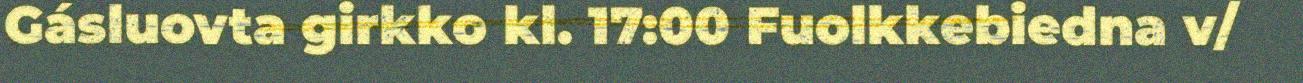
Gásluovta girkko kl. 17:00 Fuolkkebiedna v/